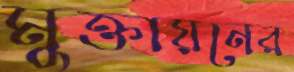
মুক্তায়নের